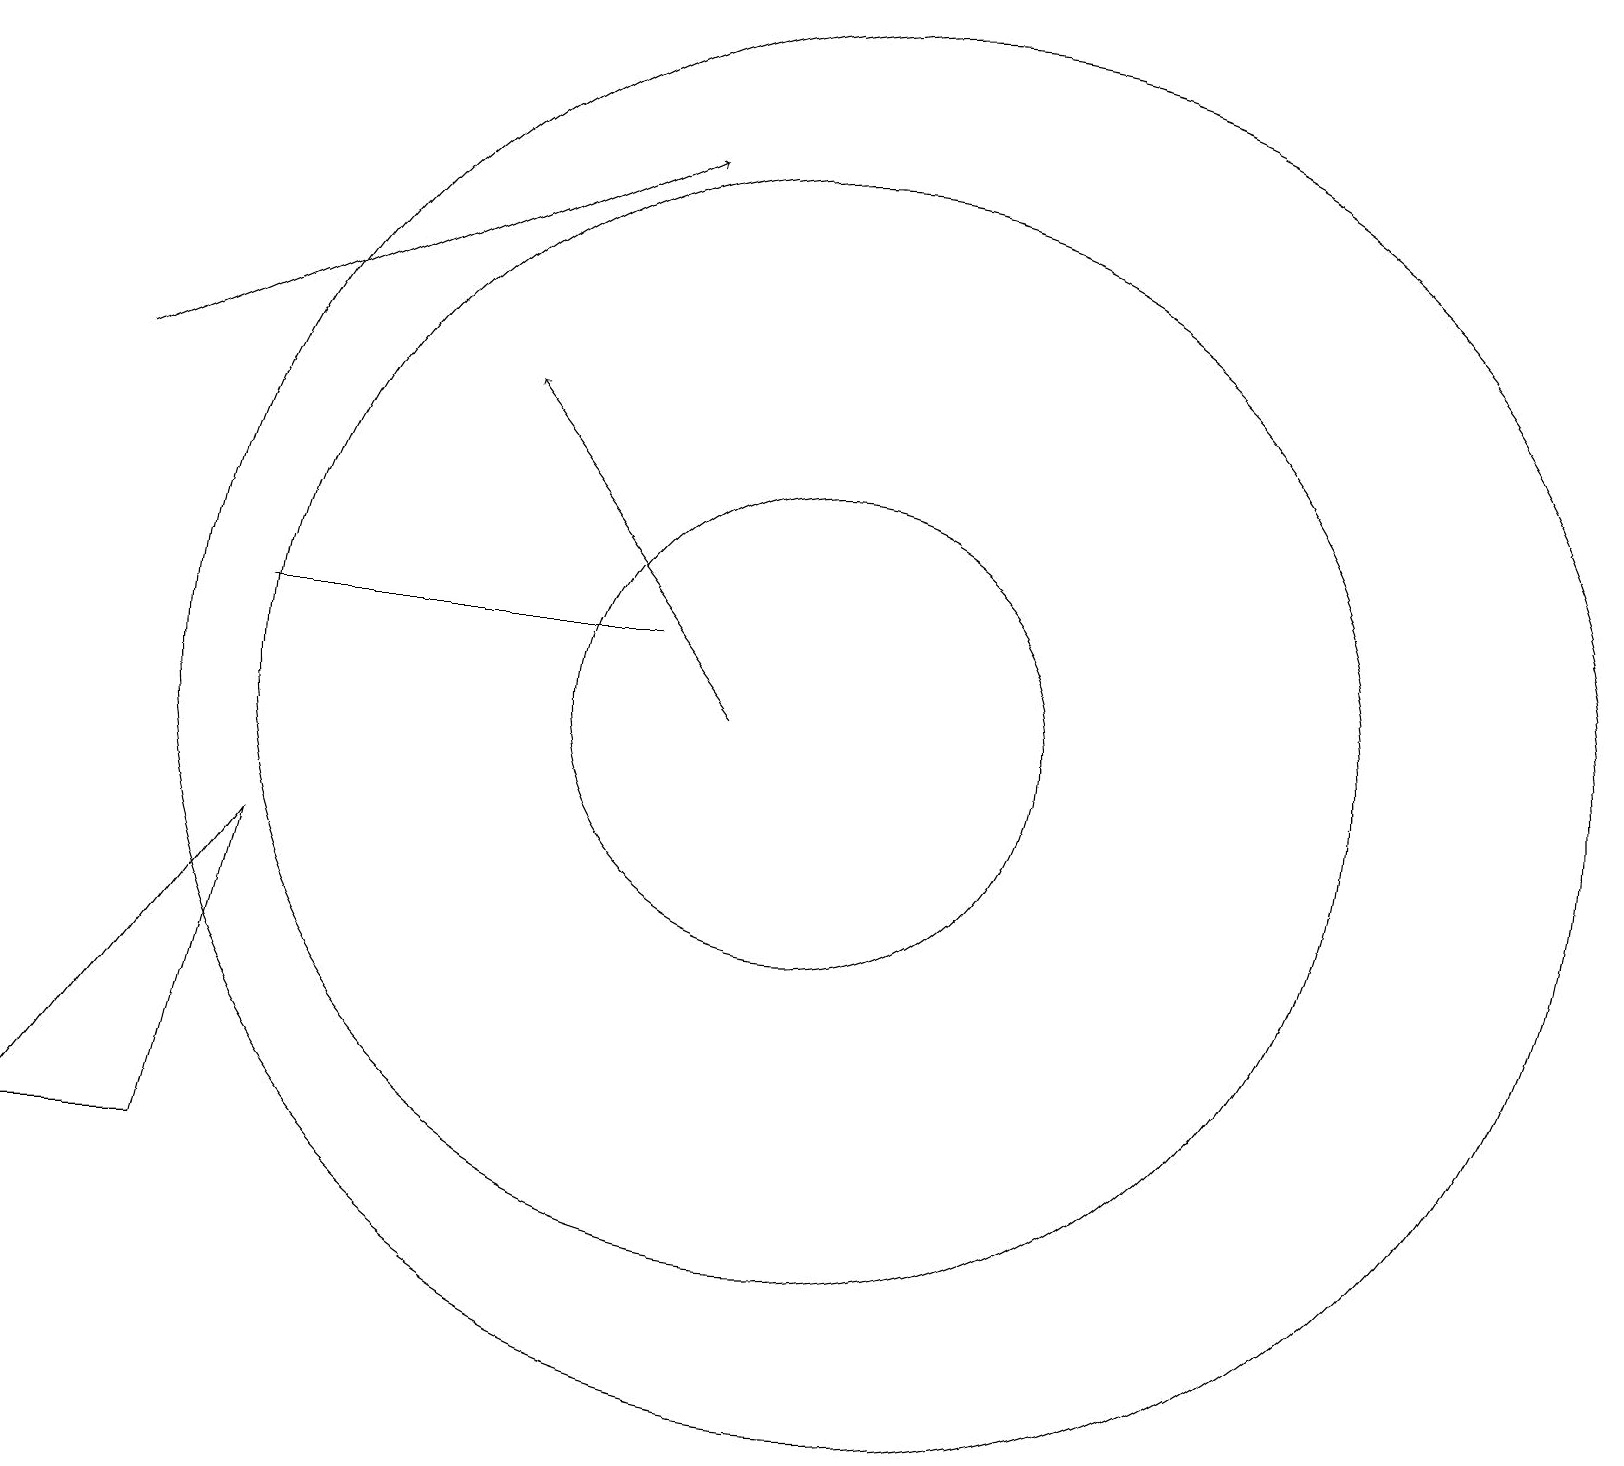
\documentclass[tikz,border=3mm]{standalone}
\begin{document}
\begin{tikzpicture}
\draw (2,5) -- (3,9) -- (0,5) -- cycle;
\draw (10,11) circle (7);
\draw (3,12) rectangle (8,12);
\draw (10,11) circle (3);
\draw[->] (1,15) -- (8,18);
\draw (11,11) circle (9);
\draw[->] (9,11) -- (6,15);
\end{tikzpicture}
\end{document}